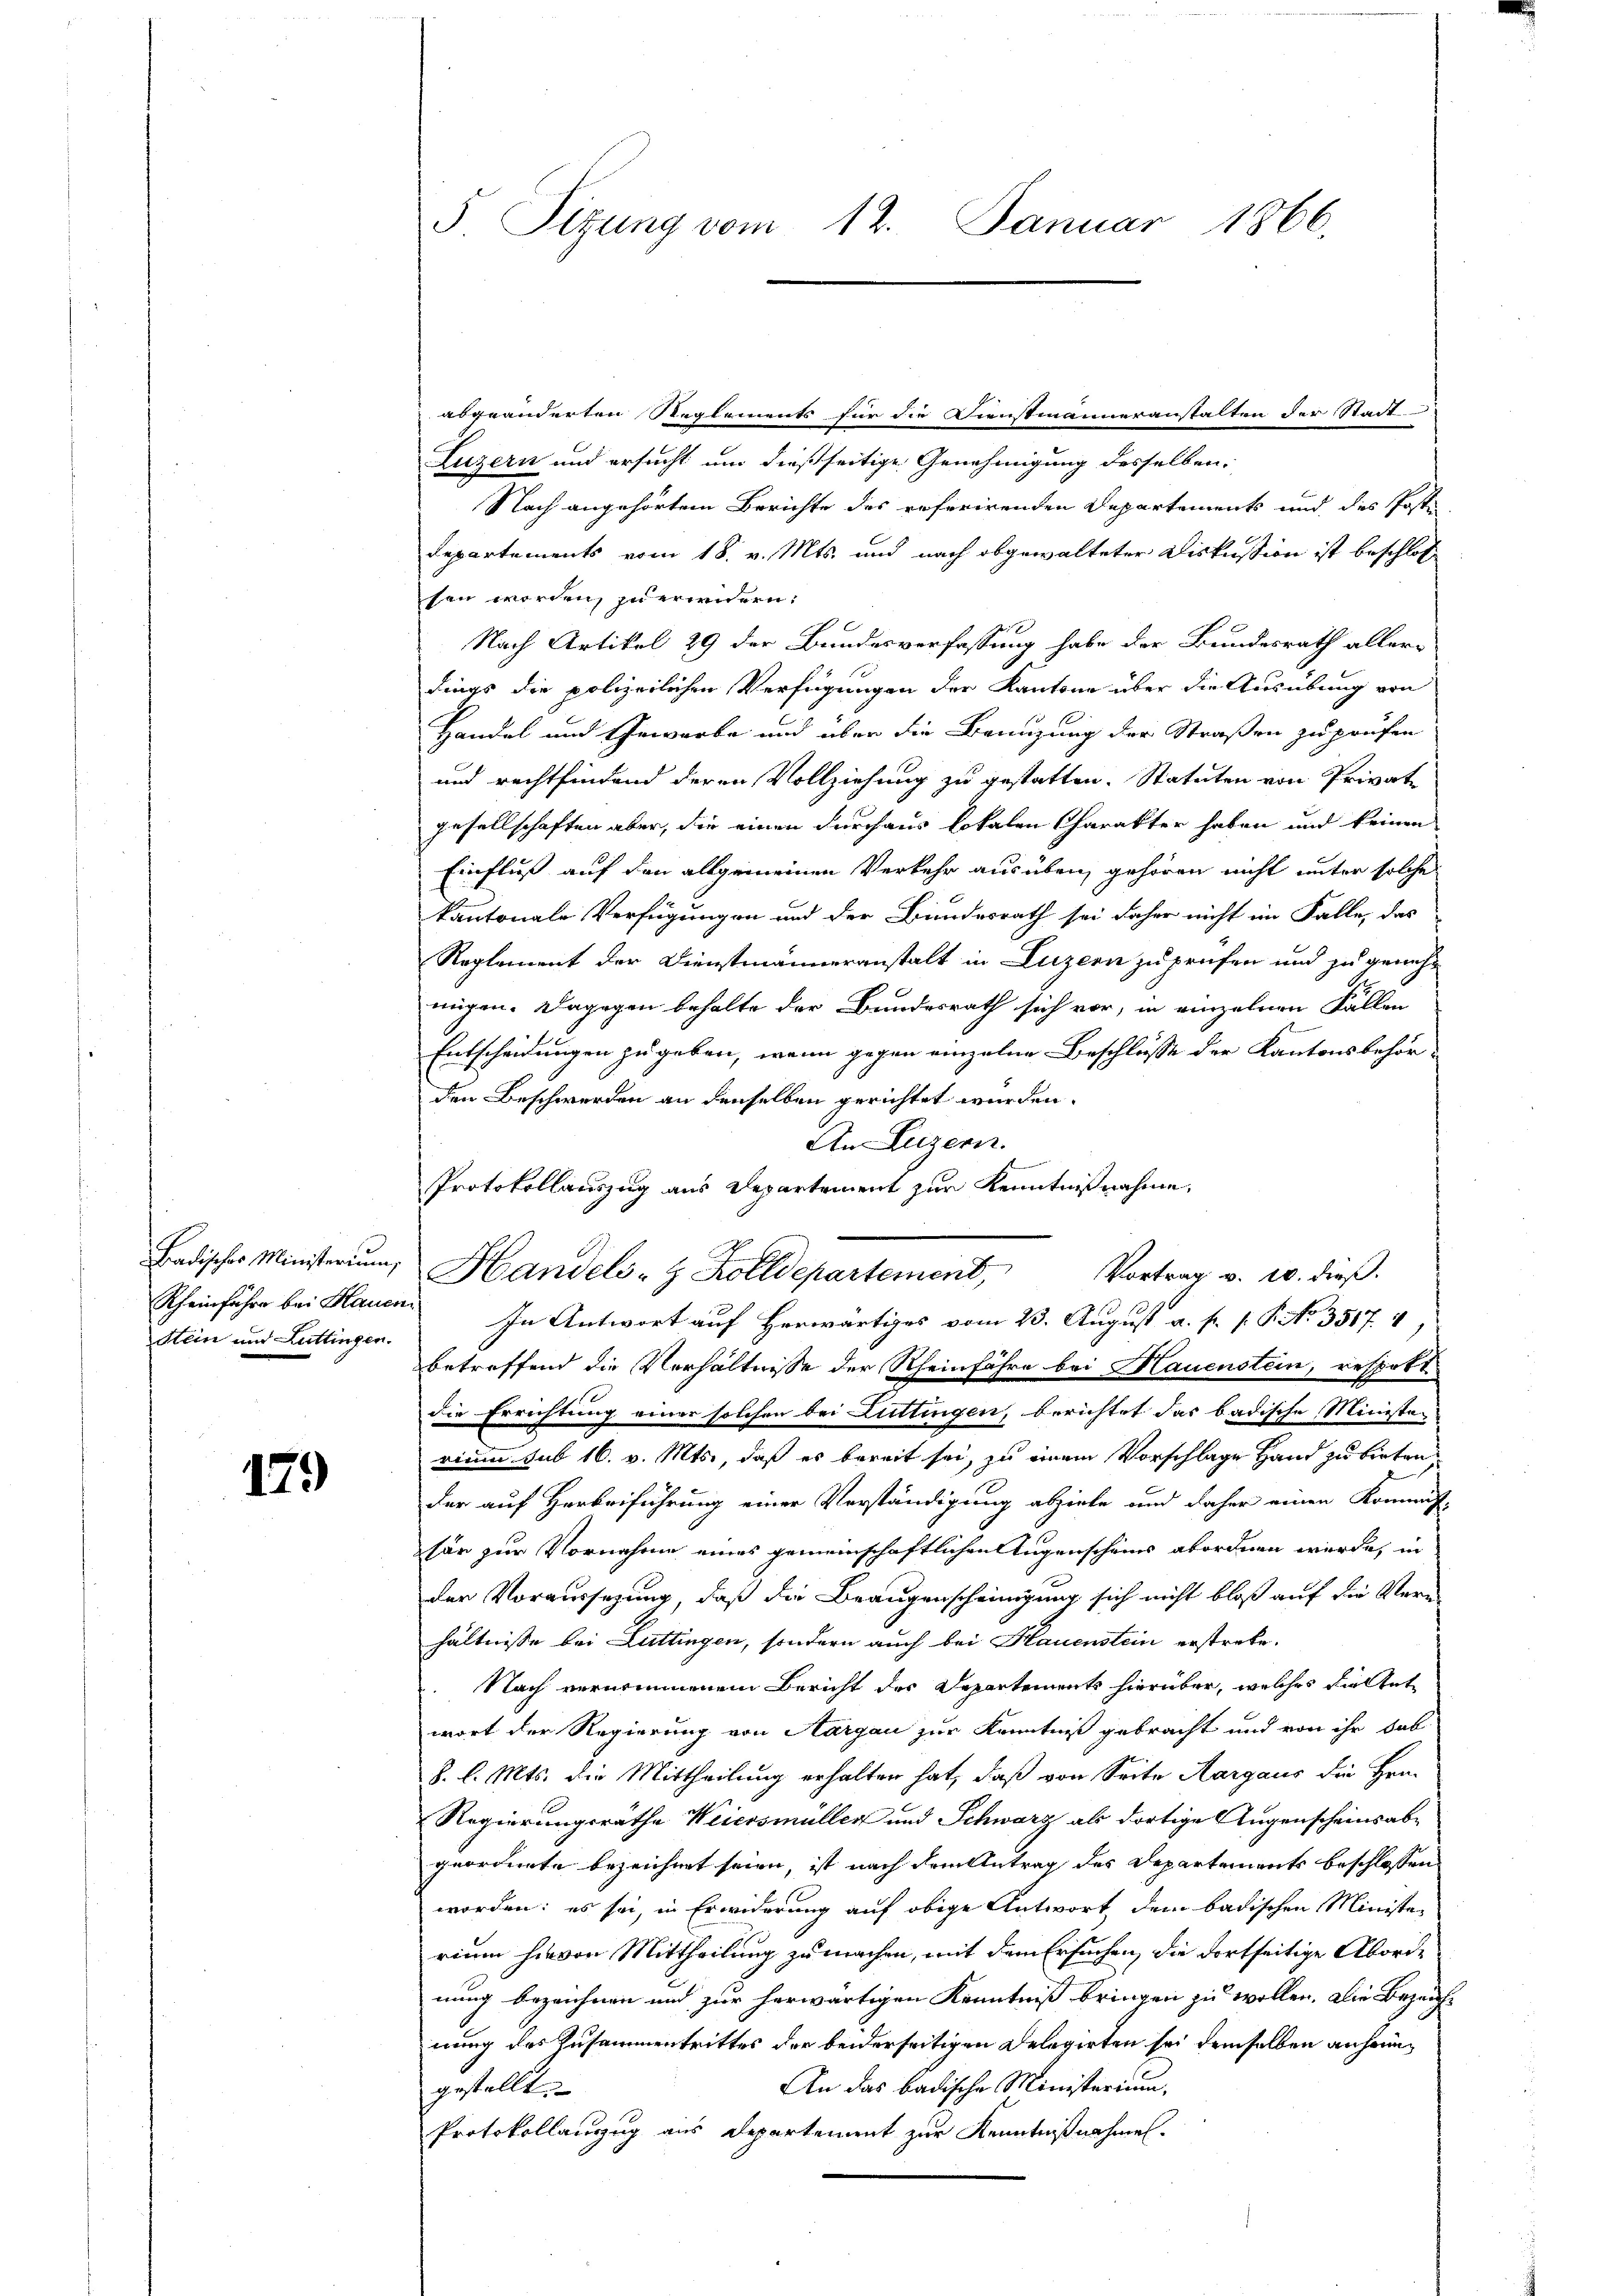
Badisches Ministerium
Stein und Luttingen.

179

5 Sizung vom 12. Januar 1866.

abgeänderten Reglements für die Dienstmanneranstalten der Stadt-
Luzern und ersucht um dießseitige Genehmigung desselben,
Nach angehörtem Berichte des referirenden Departements und des Posti-
Departements vom 18. v. Mts. und nach obgewalteter Diskussion ist beschlos
sen worden, zu erwidern:
c
Nach Artikel 29 der Bundesverfassung habe der Bundesrath allerdings die polizeilichen Verfügungen der Kantone über die Ausübung von
Handel und Gewerbe und über die Benuzung der Straßen zu prüfen
und rechtfindend deren Vollziehung zu gestatten. Statuten von Privatgesellschaften aber, die einen durchaus lokalen Charakter haben und keinen
Einfluß auf den allgemeinen Verkehr ausüben, gehören nicht unter solche
kantonale Verfügungen und der Bundesrath sei daher nicht im Falle, das
Reglement der Dienstmänneranstalt in Luzern zu prüfen und zu genehnügen. Dagegen behalte der Bundesrath sich vor, in einzelnen Fällen
Entscheidungen zu geben, wenn gegen einzelne Beschlusse der Kantonsbehörden Beschwerden an denselben gerichtet wurden.
An Luzern.
betreffend die Verhältnisse der Rheinfahre bei Hauenstein, respott
die Errichtung einer solchen bei Luttingen, berichtet das badische Ministen
rium sub 16. v. Mts., daß es bereit sei, zu einem Vorschlage Hand zu bieten,
der auf Herbeiführung einer Verständigung abziele und daher einen Kommiss-
son zur Vornahme eines gemeinschaftlichen Augenscheins abordnen werde, in
der Voraussezung, daß die Braugenscheinigung sich nicht bloß auf die Verhältnisse bei Luttingen, sondern auch bei Hauenstein erstrete.
 Nach vernommenem Bericht der Departements hierüber, welches die let
wort der Regierung von Aargau zur Kenntniß gebracht und von ihr hab
8. l. Mts. die Mittheilung erhalten hat, daß von Seite Aargaus die Hrn.
Regierungsräthe Weiersmüller und Schwarz als dortige Augenscheinsabgeordnete bezeichnet seien, ist nach dem Antrag des Departements beschlossen
worden; es sei, in Erwiderung auf obige Antwort dem badischen Ministerium hievon Mittheilung zu machen, mit dem Ersuchen, die dortseitige Abordnung bezeichnen und zur herwärtigen Kenntniß bringen zu wollen. Die Bezeichnung des Zusammentrittes der beiderseitigen Delegirten sei demselben anheim¬
An das badische Ministerium,
gestellt.
Protokollanzug aus Departement zur Kenntnißnahmen.

Protokollauszug aus Departement zur Kenntnißnahme,
Handels- & Zolldepartement,
Vortrag v. 10. dieß.
Rheinfahre bei Hauen. In Antwort auf Herwärtiges vom 25. August a. f. 1. P. Nr. 3517. 4)